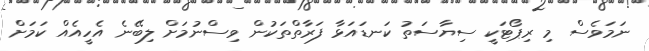
ނަމަވެސް މި ރިޕޯޓަކީ ސިޔާސަތު ކަނޑައަޅާ ފަރާތްތަކުން ވިސްނުމަށް ލިބޭނެ އެހީއެއް ކަމަށް